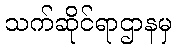
သက်ဆိုင်ရာဌာနမှ